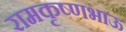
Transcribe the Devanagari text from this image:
रामकृष्णभाऊ